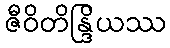
ဇီဝိတိန္ဒြိယဿ